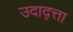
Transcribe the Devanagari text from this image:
उदाद्त्ता